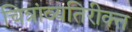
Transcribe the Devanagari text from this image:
चित्रांव्यतिरीक्त